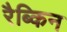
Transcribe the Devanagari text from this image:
रैब्किन